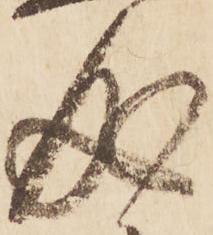
成